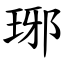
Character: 琊